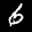
Label: 6